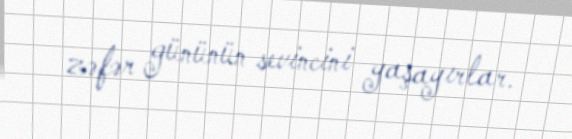
zəfər gününün sevincini yaşayırlar.